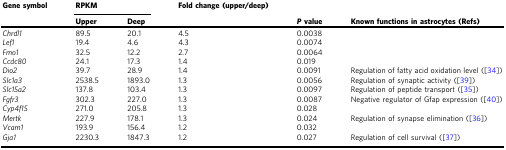
| Gene symbol | <COLSPAN=2> RPKM | Fold change (upper/deep) |  |  |
 |  | Upper | Deep |  | P value | Known functions in astrocytes (Refs) |
 | --- | --- | --- | --- | --- | --- |
 | Chrdl1 | 89.5 | 20.1 | 4.5 | 0.0038 |  |
 | Lef1 | 19.4 | 4.6 | 4.3 | 0.0074 |  |
 | Fmo1 | 32.5 | 12.2 | 2.7 | 0.0064 |  |
 | Ccdc80 | 24.1 | 17.3 | 1.4 | 0.019 |  |
 | Dio2 | 39.7 | 28.9 | 1.4 | 0.0091 | Regulation of fatty acid oxidation level ([34]) |
 | Slc1a3 | 2538.5 | 1893.0 | 1.3 | 0.0056 | Regulation of synaptic activity ([39]) |
 | Slc15a2 | 137.8 | 103.4 | 1.3 | 0.0097 | Regulation of peptide transport ([35]) |
 | Fgfr3 | 302.3 | 227.0 | 1.3 | 0.0087 | Negative regulator of Gfap expression ([40]) |
 | Cyp4f15 | 271.0 | 205.8 | 1.3 | 0.028 |  |
 | Mertk | 227.9 | 178.1 | 1.3 | 0.024 | Regulation of synapse elimination ([36]) |
 | Vcam1 | 193.9 | 156.4 | 1.2 | 0.032 |  |
 | Gja1 | 2230.3 | 1847.3 | 1.2 | 0.027 | Regulation of cell survival ([37]) |